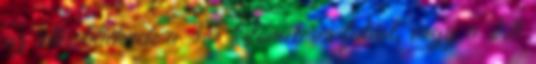
az idősebbeknek a 3,5 kilométeres futást, vagy a 2,8